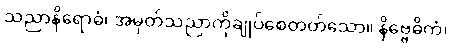
သညာနိရောဓံ၊ အမှတ်သညာကိုချုပ်စေတတ်သော။ နိဗ္ဗေဓိကံ၊